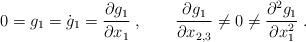
LaTeX: \begin{align*}0=g_1=\dot g_1=\frac{\partial g_1}{\partial x_1}\;,\qquad\frac{\partial g_1}{\partial x_{2,3}}\neq0\neq\frac{\partial^2 g_1}{\partial x_1^2}\;.\end{align*}